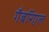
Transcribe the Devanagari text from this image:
गैबरिएल